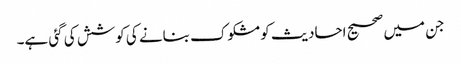
جن میں صحیح احادیث کو مشکوک بنانے کی کوشش کی گئی ہے۔